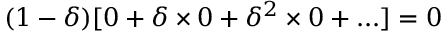
( 1 - \delta ) [ 0 + \delta \times 0 + \delta ^ { 2 } \times 0 + . . . ] = 0